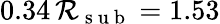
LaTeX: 0.34\, \mathcal{R}_{\mathrm{{~s~u~b~}}}=1.53